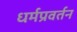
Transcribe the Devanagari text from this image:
धर्मप्रवर्तन